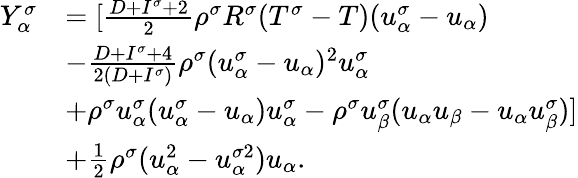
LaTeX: \begin{array}{r}{\begin{array}{rl}{Y_{\alpha}^{\sigma}}&{=[\frac{D+I^{\sigma}+2}{2}\rho^{\sigma}R^{\sigma}(T^{\sigma}-T)(u_{\alpha}^{\sigma}-u_{\alpha})}\\ &{-\frac{D+I^{\sigma}+4}{2(D+I^{\sigma})}\rho^{\sigma}(u_{\alpha}^{\sigma}-u_{\alpha})^{2}u_{\alpha}^{\sigma}}\\ &{+\rho^{\sigma}u_{\alpha}^{\sigma}(u_{\alpha}^{\sigma}-u_{\alpha})u_{\alpha}^{\sigma}-\rho^{\sigma}u_{\beta}^{\sigma}(u_{\alpha}u_{\beta}-u_{\alpha}u_{\beta}^{\sigma})]}\\ &{+\frac{1}{2}\rho^{\sigma}(u_{\alpha}^{2}-u_{\alpha}^{\sigma 2})u_{\alpha}.}\end{array}}\end{array}